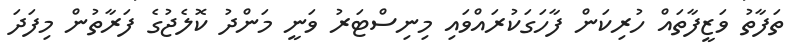
ތަފާތު ވަޒީފާތައް ހުރިކަން ފާހަގަކުރައްވައި މިނިސްޓަރު ވަނީ މަންދު ކޮލެޖުގެ ފަރާތުން މިފަދަ